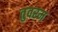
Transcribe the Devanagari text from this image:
तुवरम